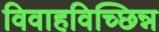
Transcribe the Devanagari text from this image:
विवाहविच्छिन्न